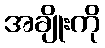
အချိုးကို